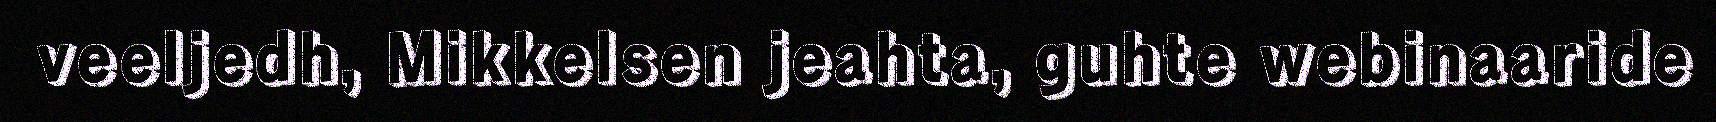
veeljedh, Mikkelsen jeahta, guhte webinaaride